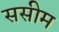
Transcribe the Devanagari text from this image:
ससीम